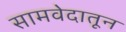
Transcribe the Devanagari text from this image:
सामवेदातून